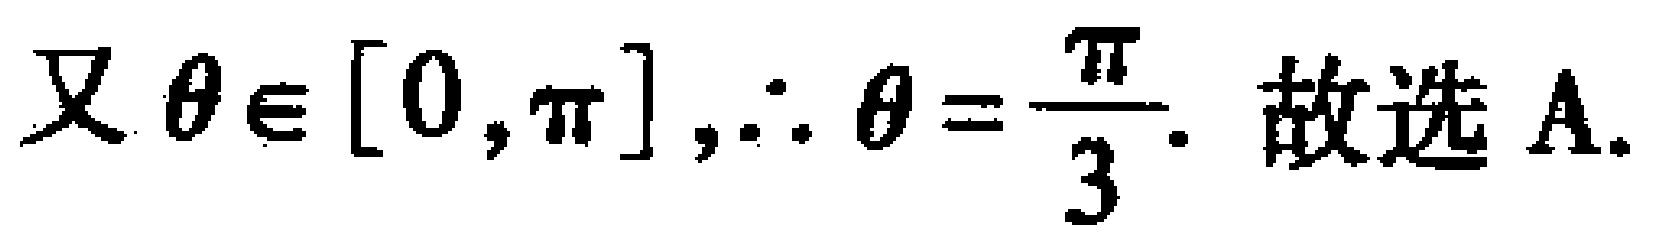
又$\theta\in[0,\pi],\therefore \theta=\dfrac{\pi}{3}.$ 故选A.